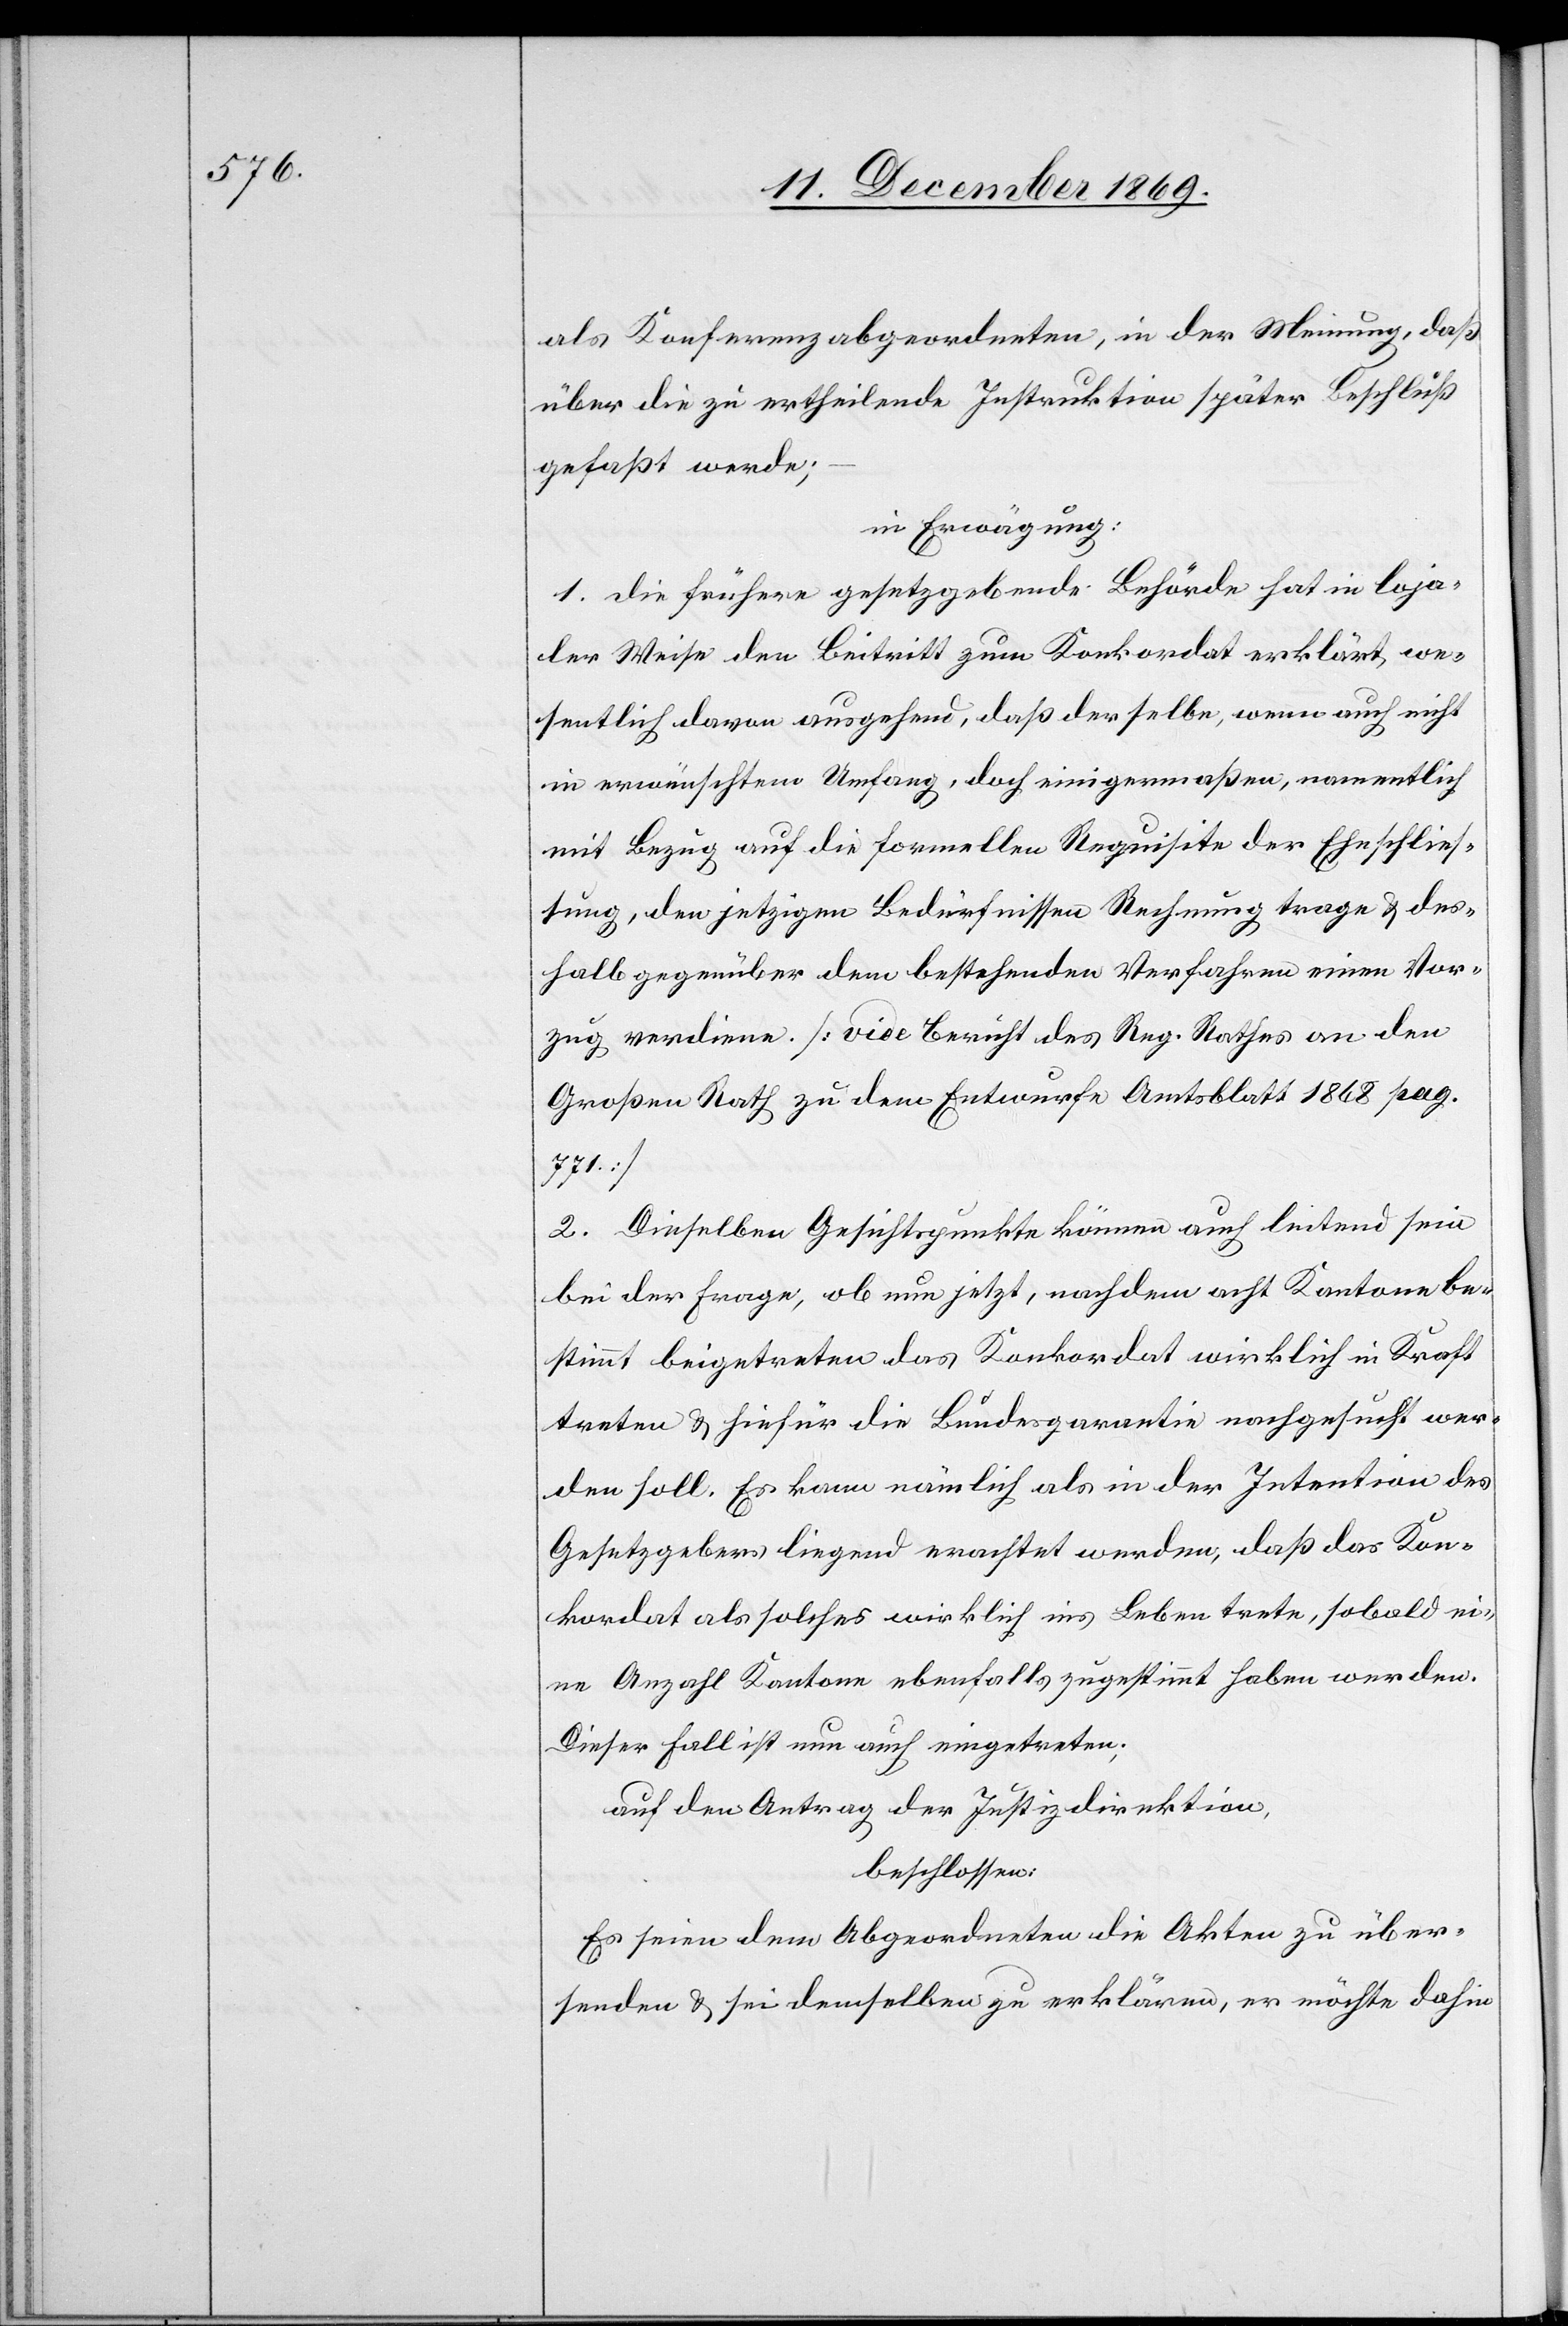
als Konferenzabgeordneten, in der Meinung, daß
über die zu ertheilende Instruktion später Beschluß
gefaßt werde;
in Erwägung:
1. Die frühere gesetzgebende Behörde hat in loja¬
ler Weise den Beitritt zum Konkordat erklärt, we¬
sentlich davon ausgehend, daß derselbe, wenn auch nicht
in erwünschtem Umfang, doch einigermaßen, namentlich
mit Bezug auf die formellen Requisite der Eheschlies¬
sung, den jetzigen Bedürfnissen Rechnung trage & des¬
halb gegenüber dem bestehenden Verfahren einen Vor¬
zug verdiene. [vide Bericht des Reg. Rathes an den
Großen Rath zu dem Entwurfe Amtsblatt 1868 pag.
2. Dieselben Gesichtspunkte können auch leitend sein
bei der Frage, ob nun jetzt, nachdem acht Kantone be¬
stimmt beigetreten das Konkordat wirklich in Kraft
treten & hiefür die Bundesgarantie nachgesucht wer¬
den soll. Es kann nämlich als in der Intention des
Gesetzgebers liegend erachtet werden, daß das Kon¬
kordat als solches wirklich ins Leben trete, sobald ei¬
ne Anzahl Kantone ebenfalls zugestimmt haben werden.
Dieser Fall ist nun auch eingetreten;
auf den Antrag der Justizdirektion,
beschlossen:
Es seien dem Abgeordneten die Akten zu über¬
senden & sei demselben zu erklären, er möchte dahin